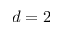
d = 2